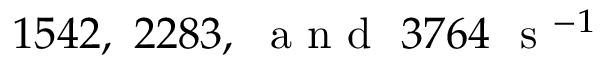
1 5 4 2 , ~ 2 2 8 3 , ~ \mathrm { ~ a ~ n ~ d ~ } ~ 3 7 6 4 ~ \mathrm { ~ s ~ } ^ { - 1 }